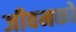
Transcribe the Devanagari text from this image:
जीवनको